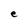
Character: e